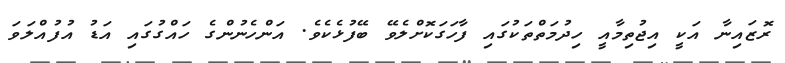
ރޮޒައިނާ އަކީ އިޖުތިމާއީ ހިދުމަތްތަކުގައި ފާހަގަކޮށްލެވޭ ބޭފުޅެކެވެ. އަންހެނުންގެ ހައްގުގައި އަޑު އުފުއްލަވަ